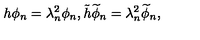
h \phi _ { n } = \lambda _ { n } ^ { 2 } \phi _ { n } , \tilde { h } \widetilde { \phi } _ { n } = \lambda _ { n } ^ { 2 } \widetilde { \phi } _ { n } ,